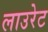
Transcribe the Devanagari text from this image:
लाउरेट